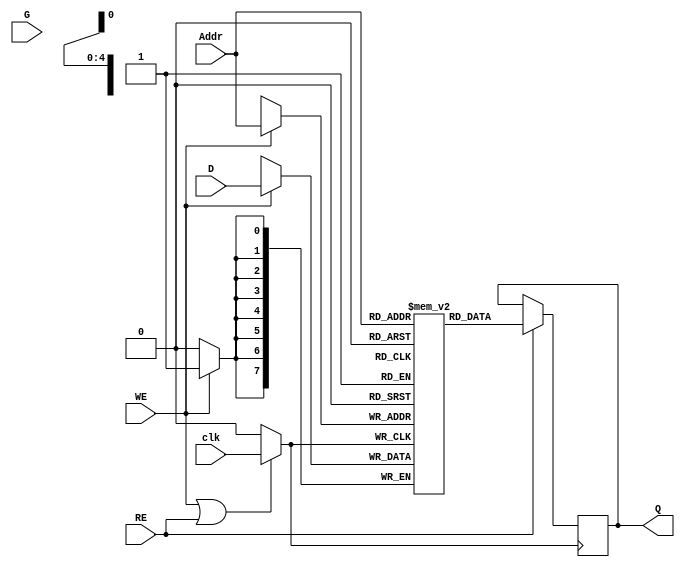
module MemoryBlockWithClockGating (
    input wire [7:0] D,         // Data Input
    input wire [4:0] Addr,      // Address Input
    input wire WE,              // Write Enable
    input wire RE,              // Read Enable
    input wire clk,             // Main Clock
    input wire G,               // Gating Signal
    output reg [7:0] Q          // Data Output
);

    // Memory Array Declaration (e.g., 32x8 SRAM)
    reg [7:0] mem [0:31]; // 32 locations of 8-bit wide memory

    // Gated Clock Signal
    wire gated_clk;
    assign gated_clk = (WE || RE) ? clk : 1'b0; // Gated clock logic

    // Write Logic
    always @(posedge gated_clk) begin
        if (WE) begin
            mem[Addr] <= D; // Write data to memory
        end
    end

    // Read Logic
    always @(posedge gated_clk) begin
        if (RE) begin
            Q <= mem[Addr]; // Read data from memory
        end
    end

endmodule